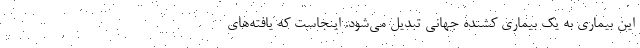
این بیماری به یک بیماری کشنده جهانی تبدیل می‌شود. اینجاست که یافته‌های